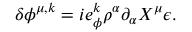
\delta \phi ^ { \mu , k } = i e _ { \phi } ^ { k } \rho ^ { \alpha } \partial _ { \alpha } X ^ { \mu } \epsilon .